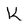
Character: K